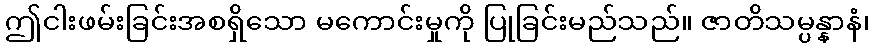
ဤငါးဖမ်းခြင်းအစရှိသော မကောင်းမှုကို ပြုခြင်းမည်သည်။ ဇာတိသမ္ပန္နာနံ၊